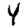
Digit: 4